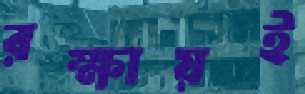
রক্ষায়ই